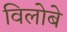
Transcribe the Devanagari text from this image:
विलोबे